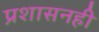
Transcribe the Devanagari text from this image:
प्रशासनही